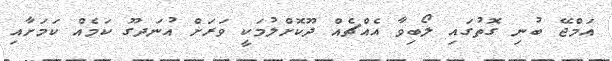
އަމްޖޭ ބުނި ގޮތުގައި ލޯބިވާ އެއްޗެއް ދޫކޮށްލުމަކީ ވަރަށް އުނަދގޫ ކަމެއް ކަމަށާއި